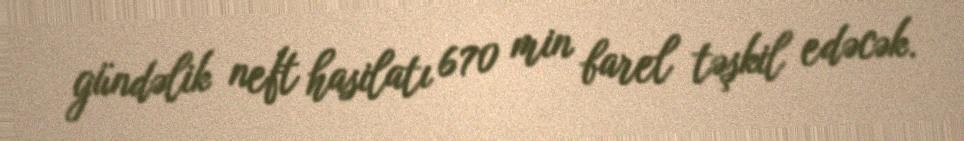
gündəlik neft hasilatı 670 min barel təşkil edəcək.